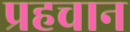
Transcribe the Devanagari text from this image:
प्रहचान